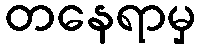
တနေရာမှ